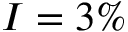
I = 3 \%